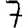
Digit: 7